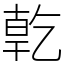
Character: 亁